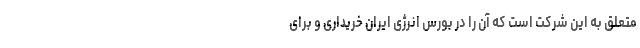
متعلق به این شرکت است که آن را در بورس انرژی ایران خریداری و برای